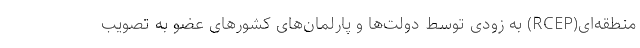
منطقه‌ای(RCEP) به زودی توسط دولت‌ها و پارلمان‌های کشورهای عضو به تصویب